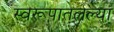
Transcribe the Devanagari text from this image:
स्वरूपातलल्या